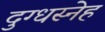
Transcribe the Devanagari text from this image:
दुग्धस्नेह